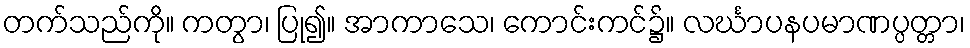
တက်သည်ကို။ ကတွာ၊ ပြု၍။ အာကာသေ၊ ကောင်းကင်၌။ လင်္ဃာပနပမာဏပ္ပတ္တာ၊